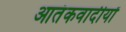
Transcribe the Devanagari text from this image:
आतंकवादीयों